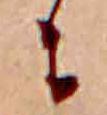
に